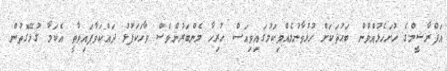
އަފްރާޝީމްގެ ހުށަހެޅުއްވުން ބަޙުޘަކަށް ހުޅުވާނުލެއްވިކަމުގައިވިއަސް ހުރިހާ މެންބަރުންވެސް ވާހަކަފުޅު ދައްކަވާފައިވާތީ އެކަމާ ގުޅޭގޮތުން